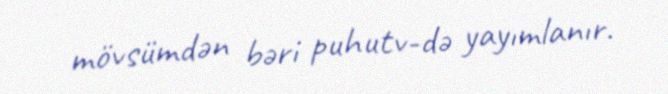
mövsümdən bəri puhutv-də yayımlanır.